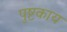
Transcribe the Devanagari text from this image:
पुष्टकाय